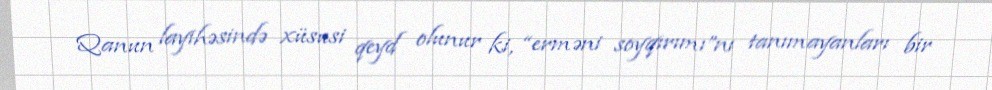
Qanun layihəsində xüsusi qeyd olunur ki, “erməni soyqırımı”nı tanımayanları bir